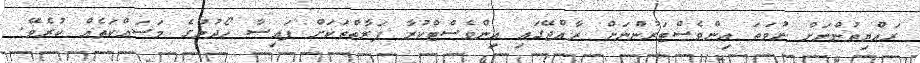
ރައްޔިތުންނަށް ނުވަތަ އިންވެސްޓަރުންނަށް ރާއްޖޭގައި އިންވެސްޓްކުރާ ފަރާތްތަކަށް ފައިސާ ހޯދުމުގެ މަސައްކަތެއް ކުރެވޭ.